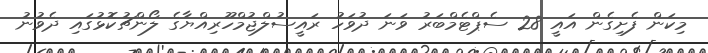
މިކަން ފެށިގެން އައީ 28 ސެޕްޓެމްބަރު ވަނަ ދުވަހު ރައީސުލްޖުމްހޫރިއްޔާގެ ލޯންޗުކޮޅުގައި ދެވުނު